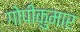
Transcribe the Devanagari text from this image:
गोपीकुमार